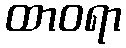
ထာဝရာ